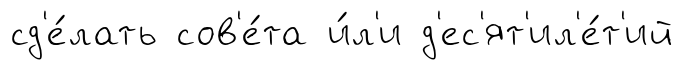
сд'е́лать сов'е́та и́л'и д'ес'ят'ил'е́т'ий